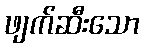
ဖျက်ဆီးသော